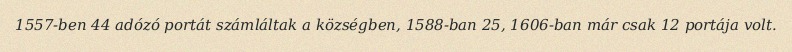
1557-ben 44 adózó portát számláltak a községben, 1588-ban 25, 1606-ban már csak 12 portája volt.